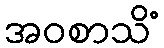
အဝစာသိံ